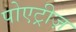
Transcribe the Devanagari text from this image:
पोएट्रीज़